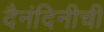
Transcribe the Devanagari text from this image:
दैनंदिनीची